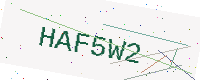
Text: HAF5W2